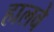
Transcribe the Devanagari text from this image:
हालवे